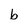
Character: b